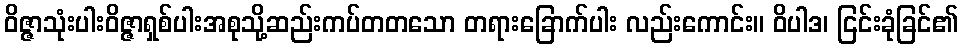
ဝိဇ္ဇာသုံးပါးဝိဇ္ဇာရှစ်ပါးအစုသို့ဆည်းကပ်တတသော တရားခြောက်ပါး လည်းကောင်း။ ဝိပါဒ၊ ငြင်းခုံခြင်၏